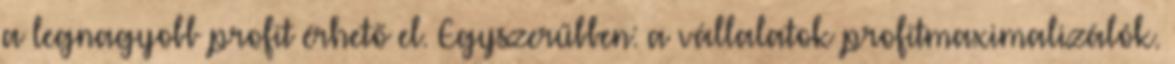
a legnagyobb profit érhető el. Egyszerűbben: a vállalatok profitmaximalizálók.